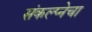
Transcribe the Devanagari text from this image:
संकल्प्नेचा